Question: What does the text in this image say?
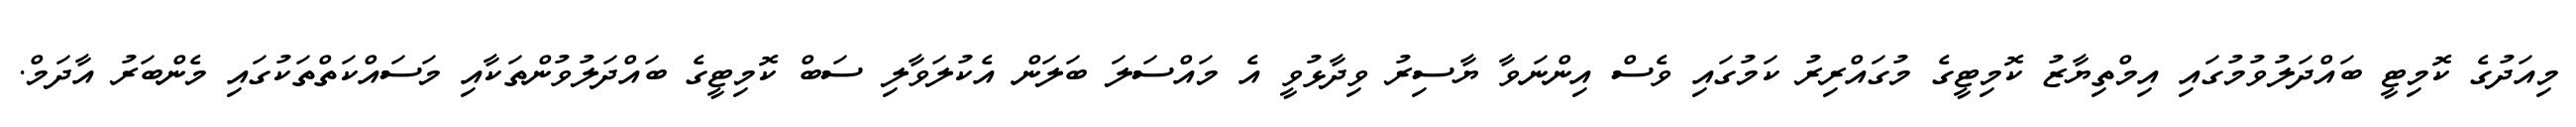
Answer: މިއަދުގެ ކޮމިޓީ ބައްދަލުވުމުގައި އިމްތިޔާޒު ކޮމިޓީގެ މުގައްރިރު ކަމުގައި ވެސް އިންނަވާ ޔާސިރު ވިދާޅުވީ އެ މައްސަލަ ބަލަން އެކުލަވާލި ސަބް ކޮމިޓީގެ ބައްދަލުވުންތަކާއި މަސައްކަތްތަކުގައި މެންބަރު އާދަމް.